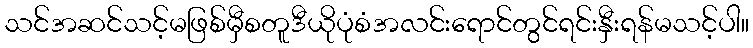
သင်အဆင်သင့်မဖြစ်မှီစတူဒီယိုပုံစံအလင်းရောင်တွင်ရင်းနှီးရန်မသင့်ပါ။